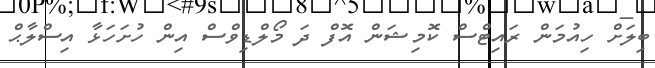
ބިލަށް ހިއުމަން ރައިޓްސް ކޮމިޝަން އޮފް ދަ މޯލްޑިވްސް އިން ހުށަހަޅާ އިސްލާޙް